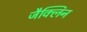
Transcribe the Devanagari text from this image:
जैक्लिन